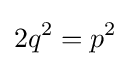
2q^{2}=p^{2}